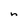
Character: n